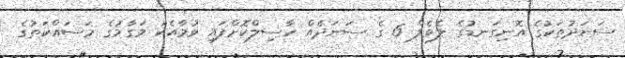
ސަނަދުތަކުގެ އޮނިގަނޑުގެ ލެވެލް 6 ގެ ސަނަދެއް ހާސިލްކޮށްފައި ވުމާއެކު މަގާމުގެ މަސައްކަތުގެ